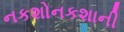
નકશોનકશાની